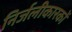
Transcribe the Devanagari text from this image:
निर्जलीकारकों